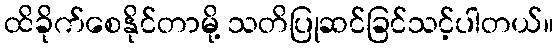
ထိခိုက်စေနိုင်တာမို့ သတိပြုဆင်ခြင်သင့်ပါတယ်။